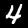
Digit: 4